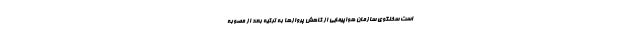
است سخنگوی سازمان هواپیمایی از کاهش پروازها به ترکیه بعد از مصوبه